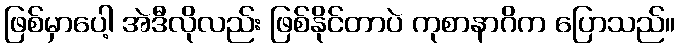
ဖြစ်မှာပေါ့ အဲဒီလိုလည်း ဖြစ်နိုင်တာပဲ ကုစာနာဂိက ပြောသည်။